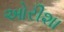
ઓરીશા